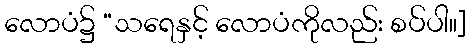
လောပံ၌ “သရေနှင့် လောပံကိုလည်း စပ်ပါ။]